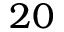
2 0